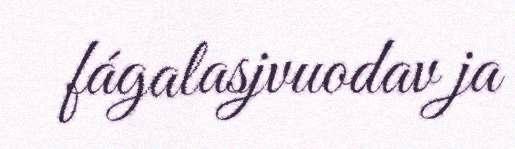
fágalasjvuodav ja